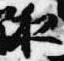
夜